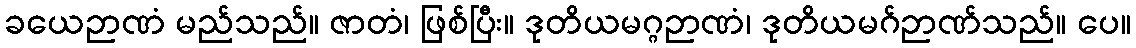
ခယေဉာဏံ မည်သည်။ ဇာတံ၊ ဖြစ်ပြီး။ ဒုတိယမဂ္ဂဉာဏံ၊ ဒုတိယမဂ်ဉာဏ်သည်။ ပေ။